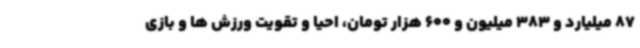
87 میلیارد و 383 میلیون و 600 هزار تومان، احیا و تقویت ورزش ها و بازی